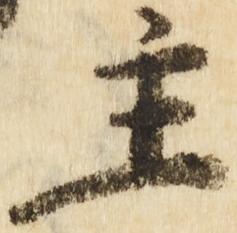
主